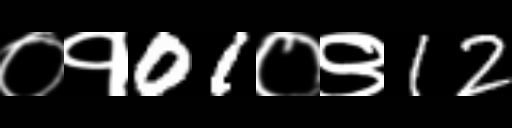
Text: ०१01०९12